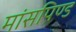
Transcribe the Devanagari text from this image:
मांसपिण्ड